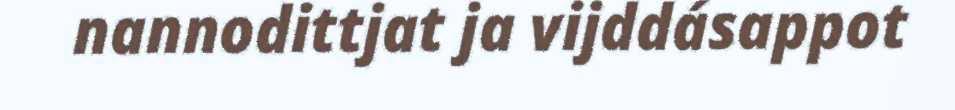
nannodittjat ja vijddásappot